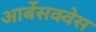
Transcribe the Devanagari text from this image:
आर्बेसक्वेस